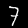
Digit: 7